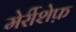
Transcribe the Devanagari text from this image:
मेर्रीशेफ़